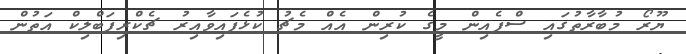
ޔޫރޯ މުބާރާތުގައި ސްޕެއިން މީގެ ކުރިން އެއް މެޗު ކުޅެފައިވާއިރު ޗެކްރިޕަބްލިކް އަތުން